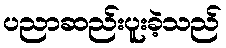
ပညာဆည်းပူးခဲ့သည်